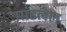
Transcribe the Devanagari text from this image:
मांडलेल